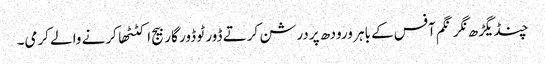
چنڈیگڑھ نگر نگم آفس کے باہر ورودھ پردرشن کرتے ڈور ٹو ڈور گاربیج اکٹٹھا کرنے والے کرمی۔